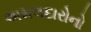
અમલદારોનો